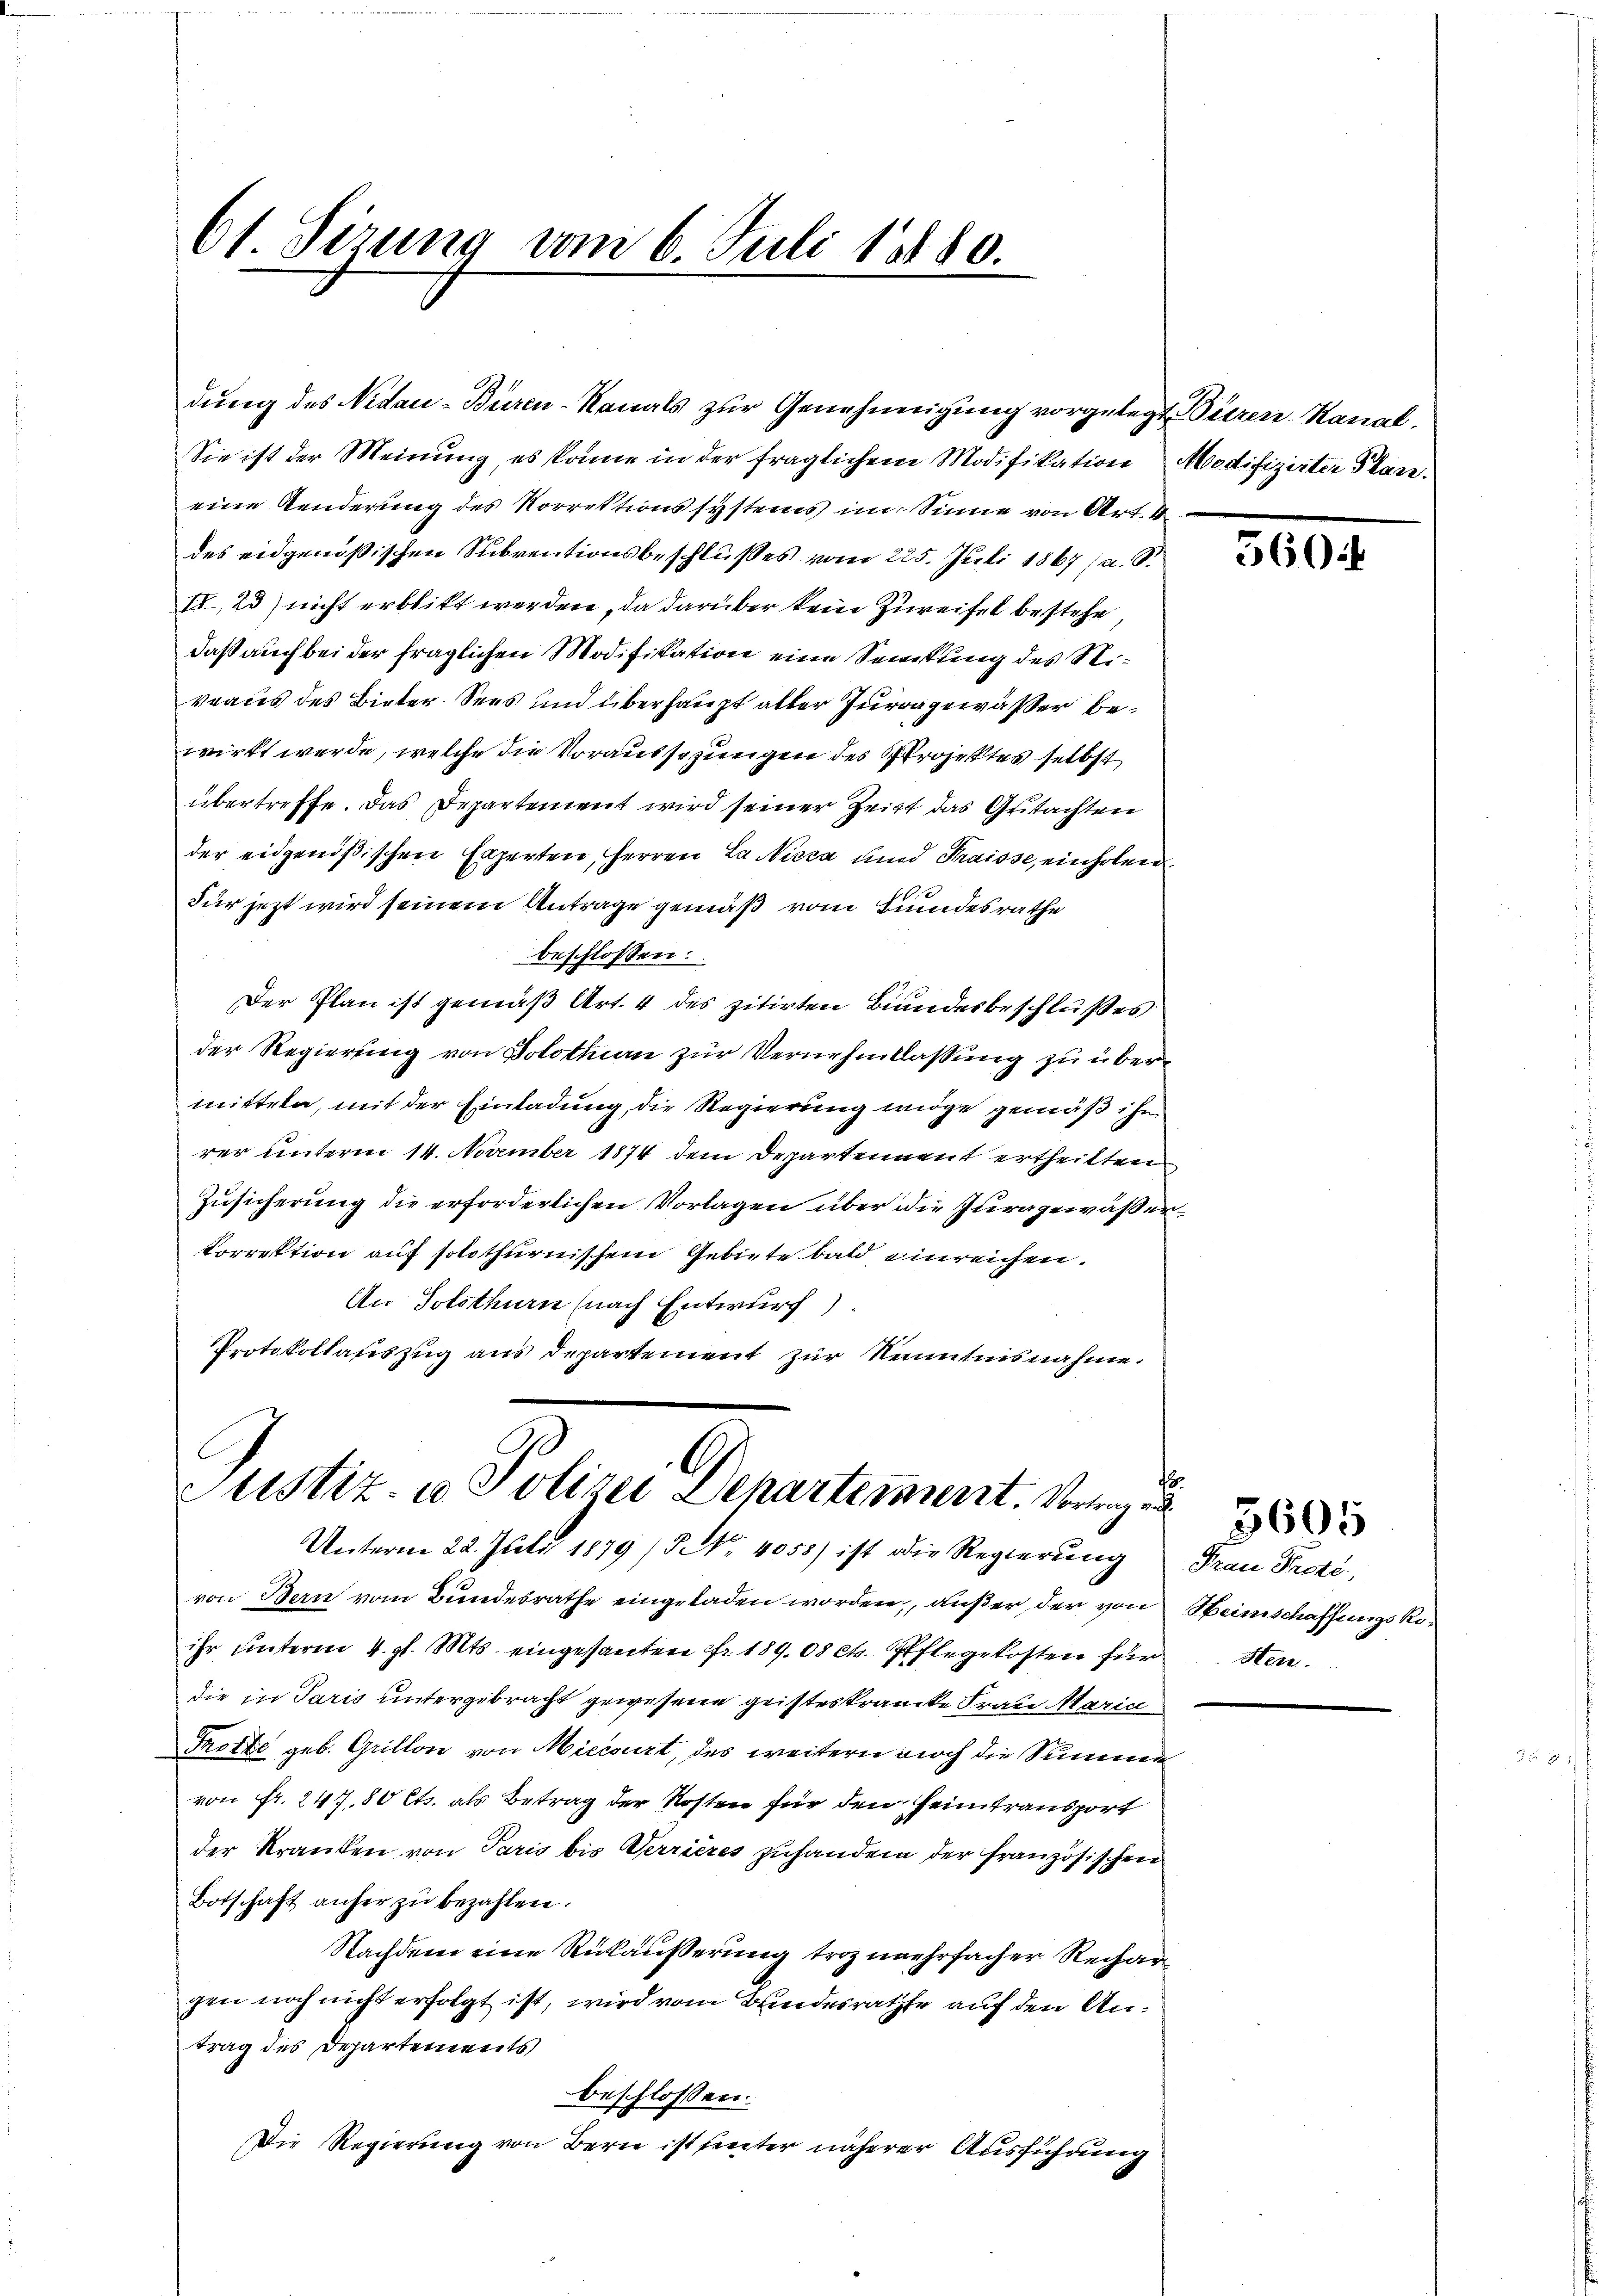
Sie ist der Meinung, es könne in der fraglichem Modifikation Modifizirter Plane.
eine Aenderung des Korrektionssystems im Sinne von Art. 4
des eidgenößischen Subventionsbeschlußes vom 225. Juli 1867 (a. S.
II, 2) nicht erblickt werden, da darüber kein Zureifel bestehe,
daß auch bei der fraglichen Modifikation eine Senkung des Stiveaus des Bieter-Sees und überhaupt aller Juragewässer bewirkt werde, welche die Voraussezungen des Projektes selbst
übertreffe. Das Departement wird seiner Zeit das Gutachten
der eidgenößischen Experten, Herren La Nisca und Traisse, einholen
s
Für jetzt wird seinem Antrage gemäß vom Bundesrathe
beschlossen:
Der Plan ist gemäß Art. 4 des zitirten Bundesbeschlußes
der Regierung von Solothin zur Vernehmlassung zu übermitteln, mit der Einladung, die Regierung möge gemäß ihr
rer unterm 14. November 1874 dem Departennent ertheilten
Zusicherung die erforderlichen Vorlagen über die Juragewässerkorrektion auf solothurnischem Gebiete bald einreichen.
An Solothurn (nach Entwurf)
Protokollateszug aus Departement zur Kenntnisnahme.

61. Sizung vom 6. Juli 1880.

dung des Nidau-Büren-Kanals zur Genehmigung vorgelegt. Diezen-Ranal¬

Justiz- u. Polizei Departement. Vortragen
Unterm 22. Juli 1879 (N. 4055) ist die Regierung Frau Proté,

von Bern vom Bundesrathe eingeladen worden, außer der von Heimschaffungskoihr unterm 4. gl. Mts. eingesanten fr. 189. 08 ct. Pflegekosten für Sten
die in Paris untergebracht gewesene geisteskrancke Frau Maria
Trotte geb. Grillon von Miecourt, des weitern auch die Summe
von Fr. 247, 80 Cts. als Betrag der Kosten für den Heimtransport
der Kranken von Paris bis Verrieres zuhandern der französischen
Botschaft anfer zu bezahlen.
Nachdem eine Rückäußerung troz mehrfacher Rechan
gen noch nicht erfolgt ist, wird vom Bindesrathe auf den Antrag des Departements
beschlossen:
Die Regierung von Bern ist heuter näherer Ausführung

360

e

5605